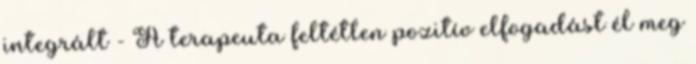
integrált - A terapeuta feltétlen pozitív elfogadást él meg